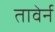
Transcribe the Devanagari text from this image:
तावेर्न